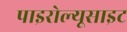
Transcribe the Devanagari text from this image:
पाइरोल्यूसाइट